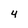
Character: 4